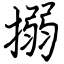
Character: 搦